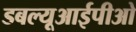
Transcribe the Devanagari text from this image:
डबल्यूआईपीओ